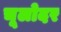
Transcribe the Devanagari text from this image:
चूलोदर